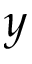
y